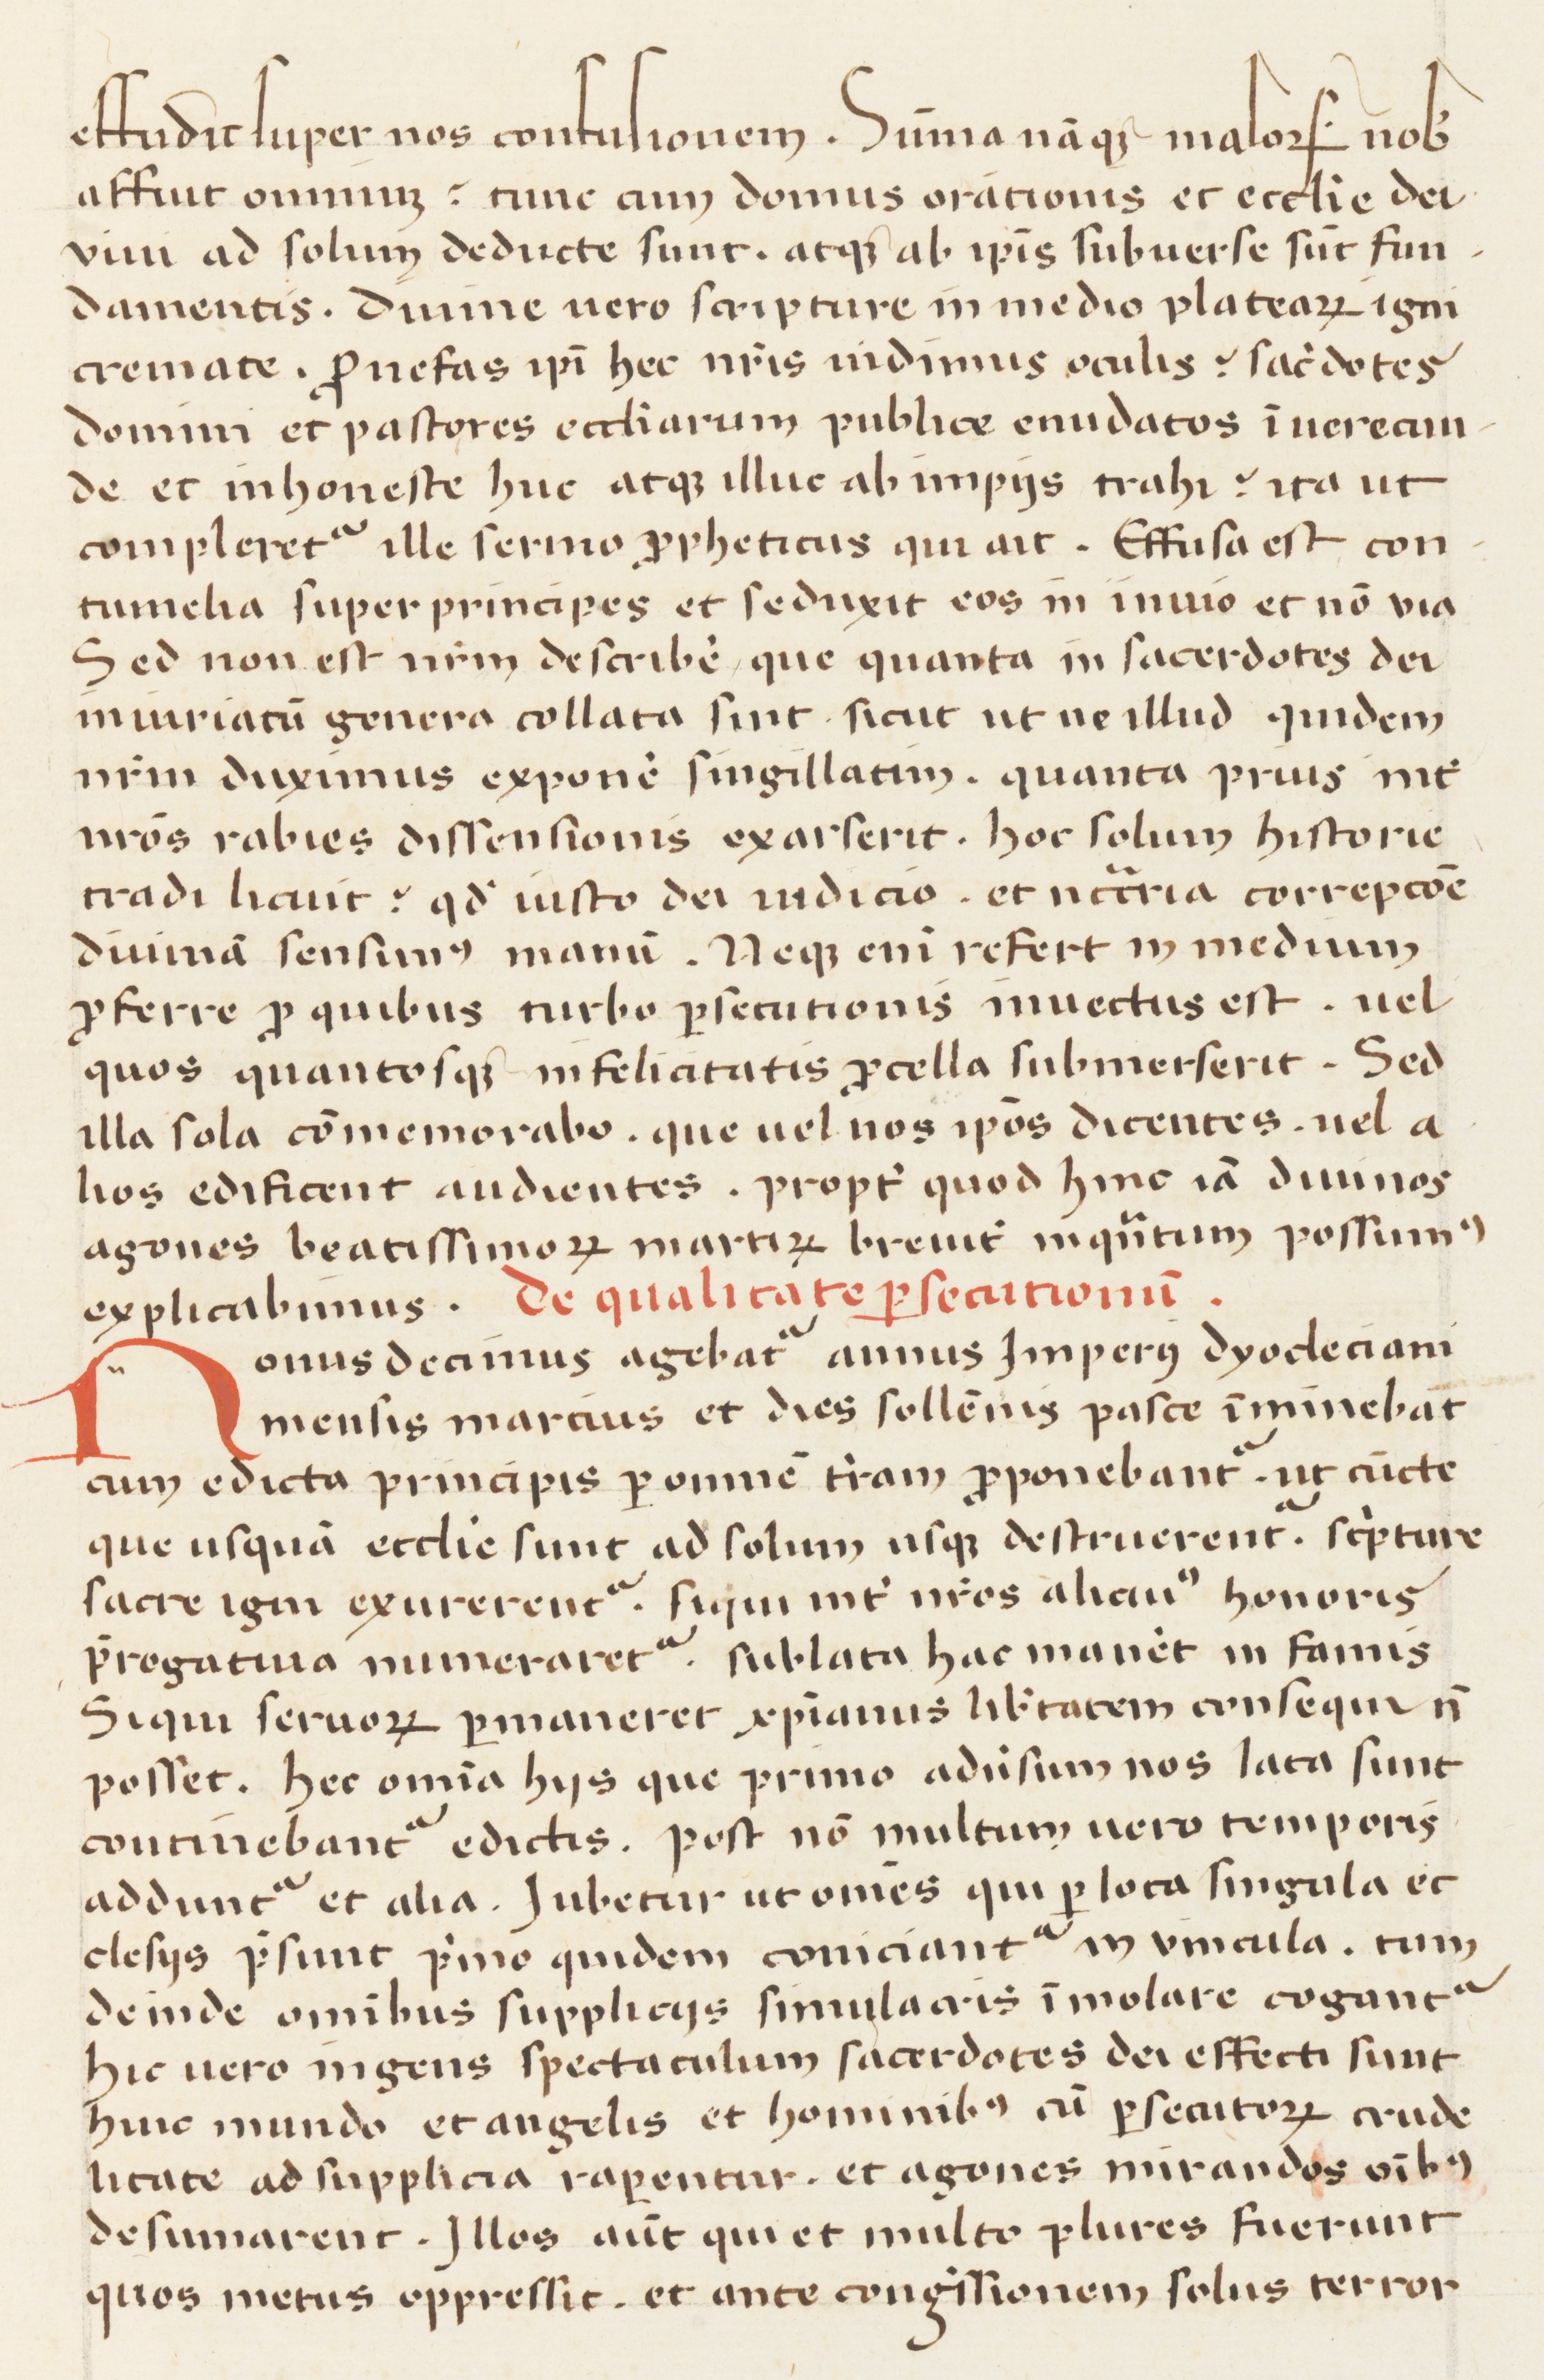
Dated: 1400–1599